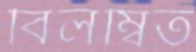
বিলম্বিত